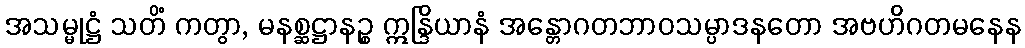
အသမ္မုဋ္ဌံ သတိံ ကတွာ, မနစ္ဆဋ္ဌာနဉ္စ ဣန္ဒြိယာနံ အန္တောဂတဘာဝသမ္ပာဒနတော အဗဟိဂတမနေန